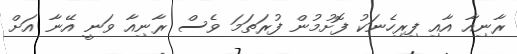
ރާނިއާ އާއި ފިރިހެނަކު ފޮށުމުން ފުރަތަމަ ވެސް ރާނިއާ ވަނީ އޭނާ އަަށް